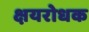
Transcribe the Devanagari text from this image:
क्षयरोधक